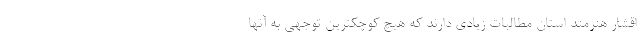
اقشار هنرمند استان مطالبات زیادی دارند که هیچ کوچکترین توجهی به آنها